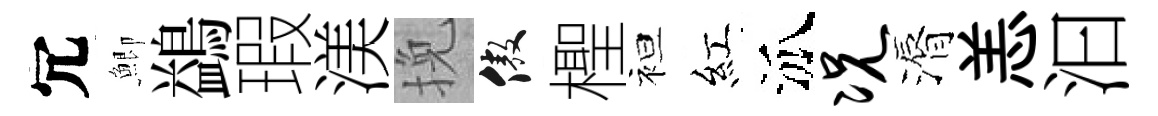
冗鯽鷁瑕渼挽傲檉袒紅泒况漘恙汩